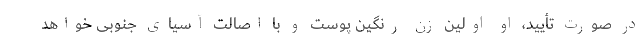
در صورت تأیید، او اولین زن رنگین پوست و با اصالت آسیای جنوبی خواهد